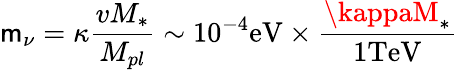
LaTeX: \mathsf{m}_{\nu}=\kappa\frac{{vM_{*}}}{{M_{pl}}}\sim10^{-4}\mathrm{{eV}}\times\frac{{\kappaM_{*}}}{{1\mathrm{{TeV}}}}